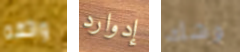
واثقه إدوارد وشك